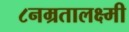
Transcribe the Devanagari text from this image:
८नम्रतालक्ष्मी